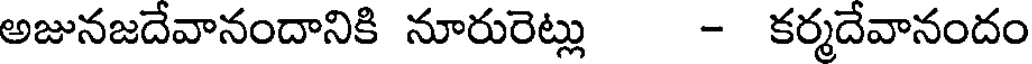
అజునజదేవానందానికి నూరురెట్లు - కర్మదేవానందం